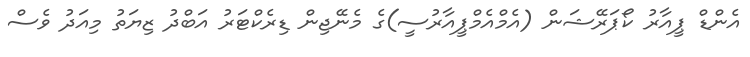
އެންޑް ޕީއާރު ކޯޕަރޭޝަން (އެމްއެމްޕީއާރުސީ)ގެ މެނޭޖިން ޑިރެކްޓަރު އަބްދު ޒިޔަތު މިއަދު ވެސް